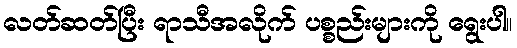
လတ်ဆတ်ပြီး ရာသီအလိုက် ပစ္စည်းများကို ရွေးပါ။